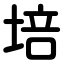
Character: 培